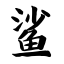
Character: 鲨